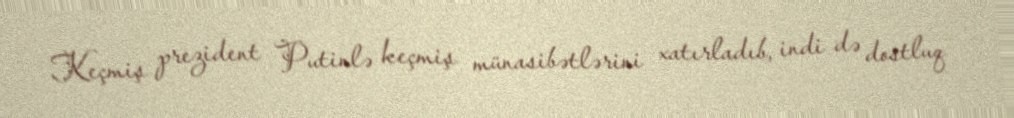
Keçmiş prezident Putinlə keçmiş münasibətlərini xatırladıb, indi də dostluq